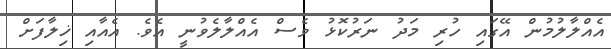
އެއްލާލުމުން އޭގައި ހުރި މަދު ނަރުކޮޅު ވެސް އެއްލާލެވުނީ އެވެ. އެއާއި ޚިލާފަށް